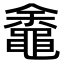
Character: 𬹡